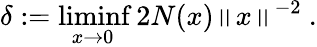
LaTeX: \delta:=\operatorname*{liminf}_{x\to 0}2N(x)\left\| x\right\| ^{-2}\ .